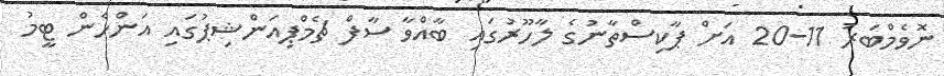
ނޮވެމްބަރު 11-20 އަށް ޕާކިސްތާނުގެ ލާހޫރުގައި ބާއްވާ ސާފް ޗެމްޕިއަންޝިޕުގައި އަންހެން ޓީމު